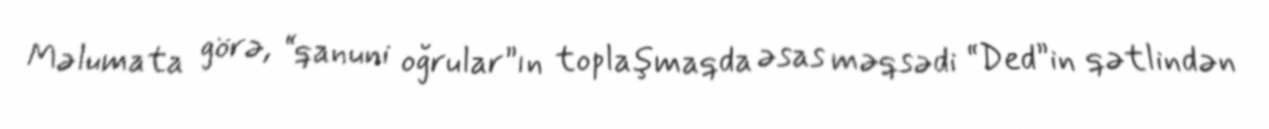
Məlumata görə, “qanuni oğrular”ın toplaşmaqda əsas məqsədi “Ded”in qətlindən